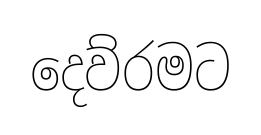
දෙව්රමට